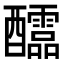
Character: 𨤀